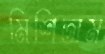
মিশিতাম